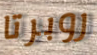
روبرتا